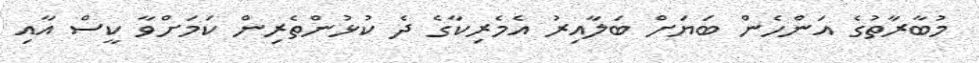
މުބާރާތުގެ އަންހެން ބަޔަށް ބަލާއިރު އެމެރިކާގެ ދެ ކުޅުންތެރިން ކަމަށްވާ ކީސް އާއި